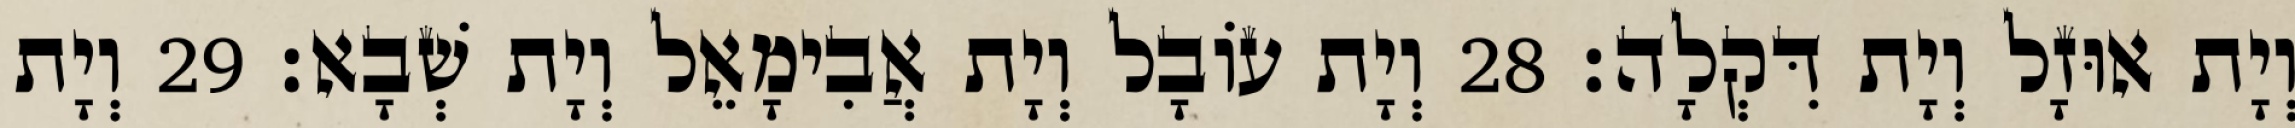
וְיָת אוּזָל וְיָת דִּקְלָה׃ 28 וְיָת עוֹבָל וְיָת אֲבִימָאֵל וְיָת שְׁבָא׃ 29 וְיָת